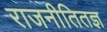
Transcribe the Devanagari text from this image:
राजनीतितज्ञ